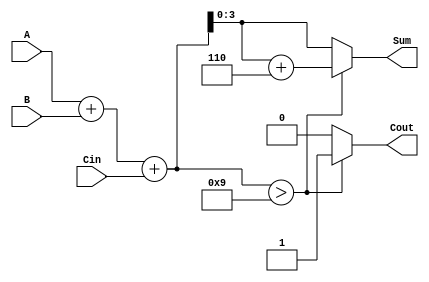
module BCD_Conditional_Adder (
    input [3:0] A,     // First BCD input
    input [3:0] B,     // Second BCD input
    input Cin,         // Carry-in
    output reg [3:0] Sum, // BCD sum output
    output reg Cout     // Carry-out
);

    wire [4:0] binary_sum; // 5-bit to accommodate carry
    wire [4:0] adjusted_sum;

    // Step 1: Compute the binary sum of A, B, and Cin
    assign binary_sum = A + B + Cin;

    // Step 2: Check if the sum exceeds 9
    always @(*) begin
        if (binary_sum > 9) begin
            adjusted_sum = binary_sum + 5'd6; // Add 6 to correct the BCD
            Cout = 1; // Set carry-out
        end else begin
            adjusted_sum = binary_sum; // No correction needed
            Cout = 0; // No carry-out
        end
        
        // Step 3: Assign the final sum output
        Sum = adjusted_sum[3:0]; // Take the lower 4 bits as the BCD sum
    end

endmodule